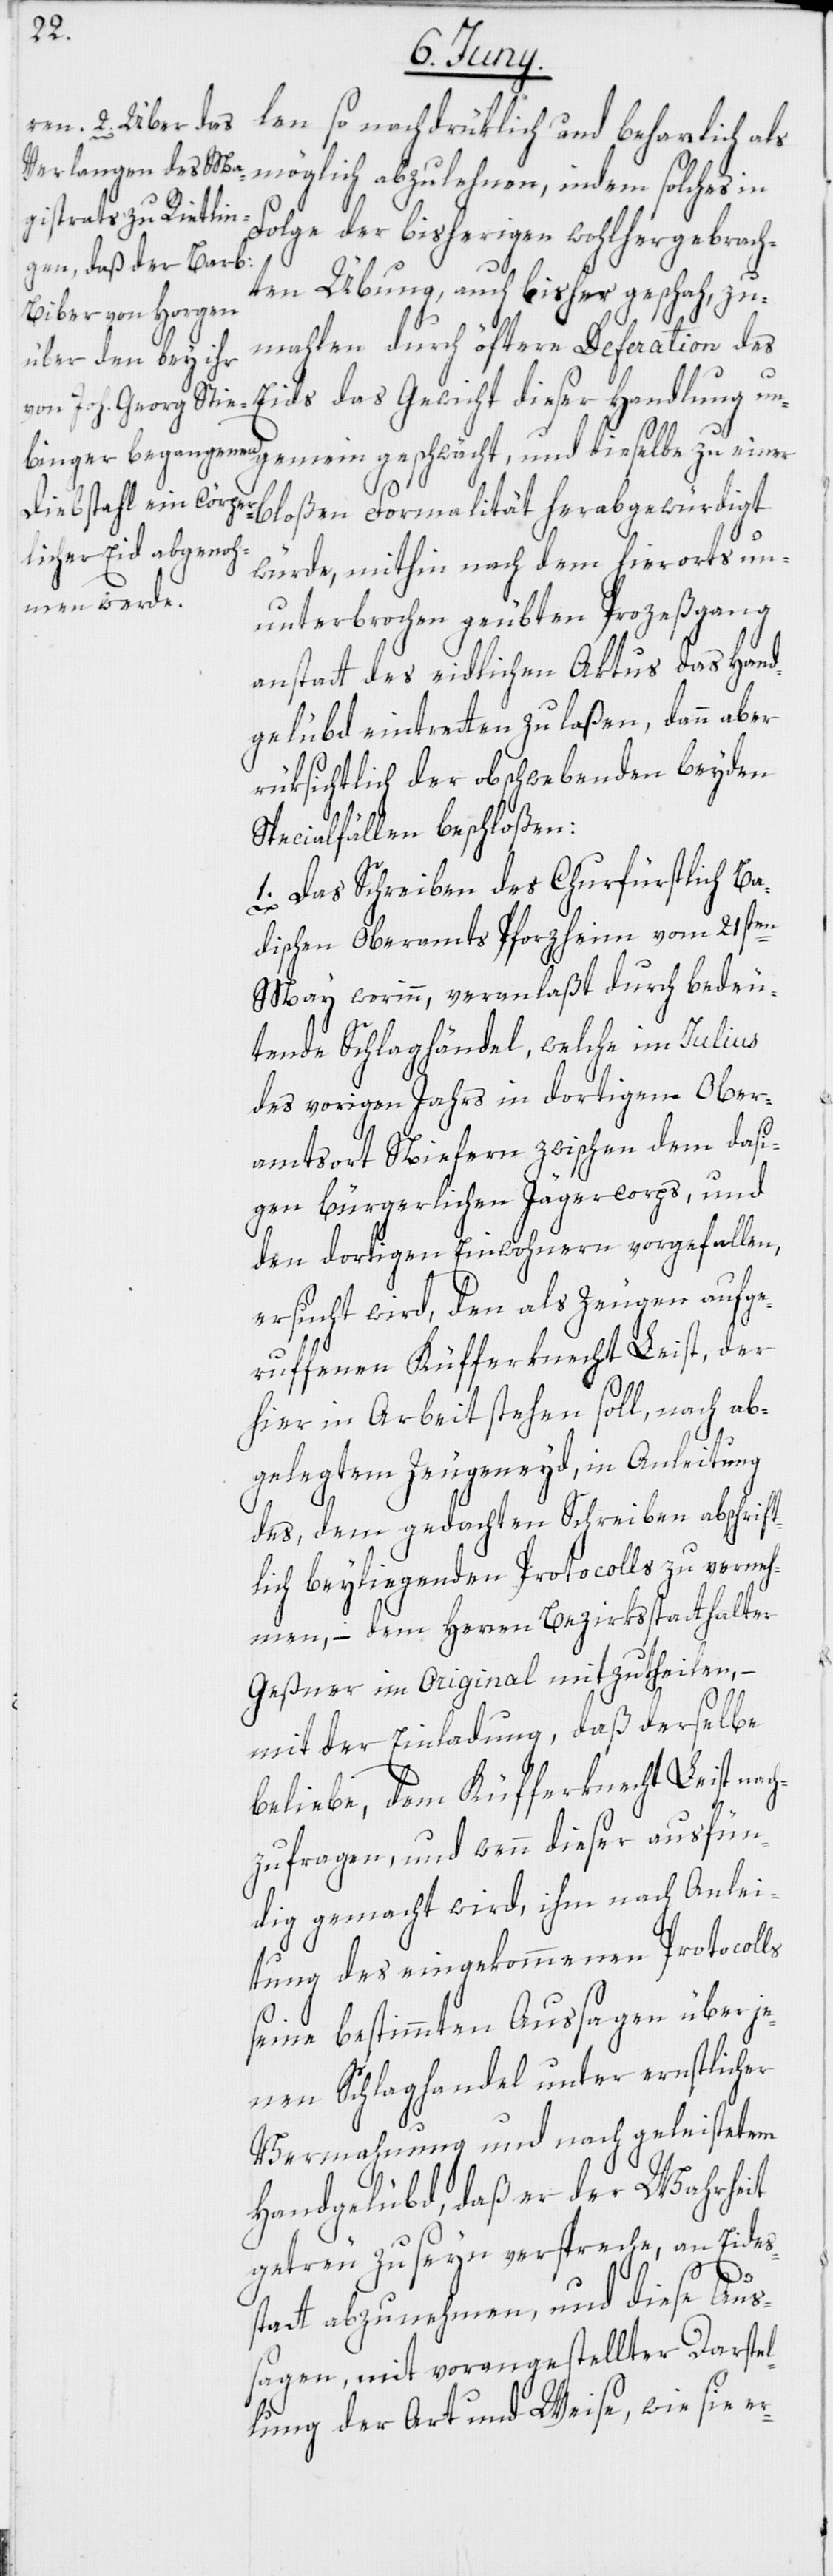
len so nachdrüklich und beharrlich als
möglich abzulehnen, indem solches in
Folge der bisherigen wohlhergebrach¬
ten Übung, auch bisher geschah, zu¬
mahlen durch öftere Deferation des
Eids das Gewicht dieser Handlung un¬
bloßen Formalität herabgewürdigt
würde, mithin nach den hierorts un¬
unterbrochen geübten Prozeßgang
anstatt des eidlichen Aktus das Hand¬
gelübd eintretten zu laßen, dann aber
rüksichtlich der obschwebenden beyden
Specialfällen beschloßen:
1. Das Schreiben des Churfüstlich Ba¬
dischen Oberamts Pforzheim vom 21sten
May worinn, veranlaßt durch bedeu¬
tende Schlaghändel, welche im Julius
des vorigen Jahrs in dortigem Ober¬
amtsort Niefern zwischen dem dasi¬
gen bürgerlichen Jägercorps, und
den dortigen Einwohnern vorgefallen,
ersucht wird, den als Zeugen aufge¬
ruffenen Küfferknecht Leist, der
hier in Arbeit stehen soll, nach ab¬
gelegtem Zeugeneyd, in Anleitung
des, dem gedachten Schreiben abschrift¬
lich beyliegenden Protocolls zu verneh¬
men, – dem Herren Bezirksstatthalter
Geßner im Original mitzutheilen, –
mit der Einladung, daß derselbe
beliebe, dem Küfferknecht Leist nac¬
hzufragen, und wenn dieser ausfün¬
dig gemacht wird, ihm nach Anlei¬
tung des eingekommenen Protocolls
seine bestimmten Aussagen über je¬
nen Schlaghandel unter ernstlicher
Vermahnung und nach geleistetem
Handgelübd, daß er der Wahrheit
getreu zu seyn verspreche, an Eides¬
gemein
statt abzunehmen, und diese Aus¬
sagen, mit vorangestellter Darstel¬
lung der Art und Weise, wie sie er-